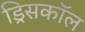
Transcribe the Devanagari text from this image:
ड्रिसकॉल